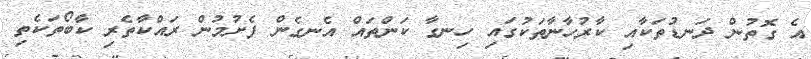
އެ ގޮތުން ދަނޑުތަކާއި ކާރުހާނާތަކުގައި ހިނގާ ކަންތައް އެނގެން ފެށުމުން ރައްކާތެރި ކާބޯތަކެތި